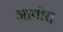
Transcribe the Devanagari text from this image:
आमोर।